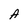
Character: A